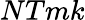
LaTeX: NTmk